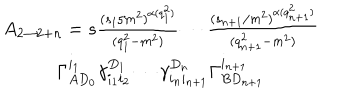
\begin{array} { c } { { A _ { 2 \rightarrow 2 + n } = s \frac { ( s _ { 1 } / m ^ { 2 } ) ^ { \alpha ( q _ { 1 } ^ { 2 } ) } } { ( q _ { 1 } ^ { 2 } - m ^ { 2 } ) } \cdots \frac { ( s _ { n + 1 } / m ^ { 2 } ) ^ { \alpha ( q _ { n + 1 } ^ { 2 } ) } } { ( q _ { n + 1 } ^ { 2 } - m ^ { 2 } ) } } } \\ { { \Gamma _ { A D _ { 0 } } ^ { i _ { 1 } } \gamma _ { i _ { 1 } i _ { 2 } } ^ { D _ { 1 } } \cdots \gamma _ { i _ { n } i _ { n + 1 } } ^ { D _ { n } } \Gamma _ { B D _ { n + 1 } } ^ { i _ { n + 1 } } } } \\ \end{array}